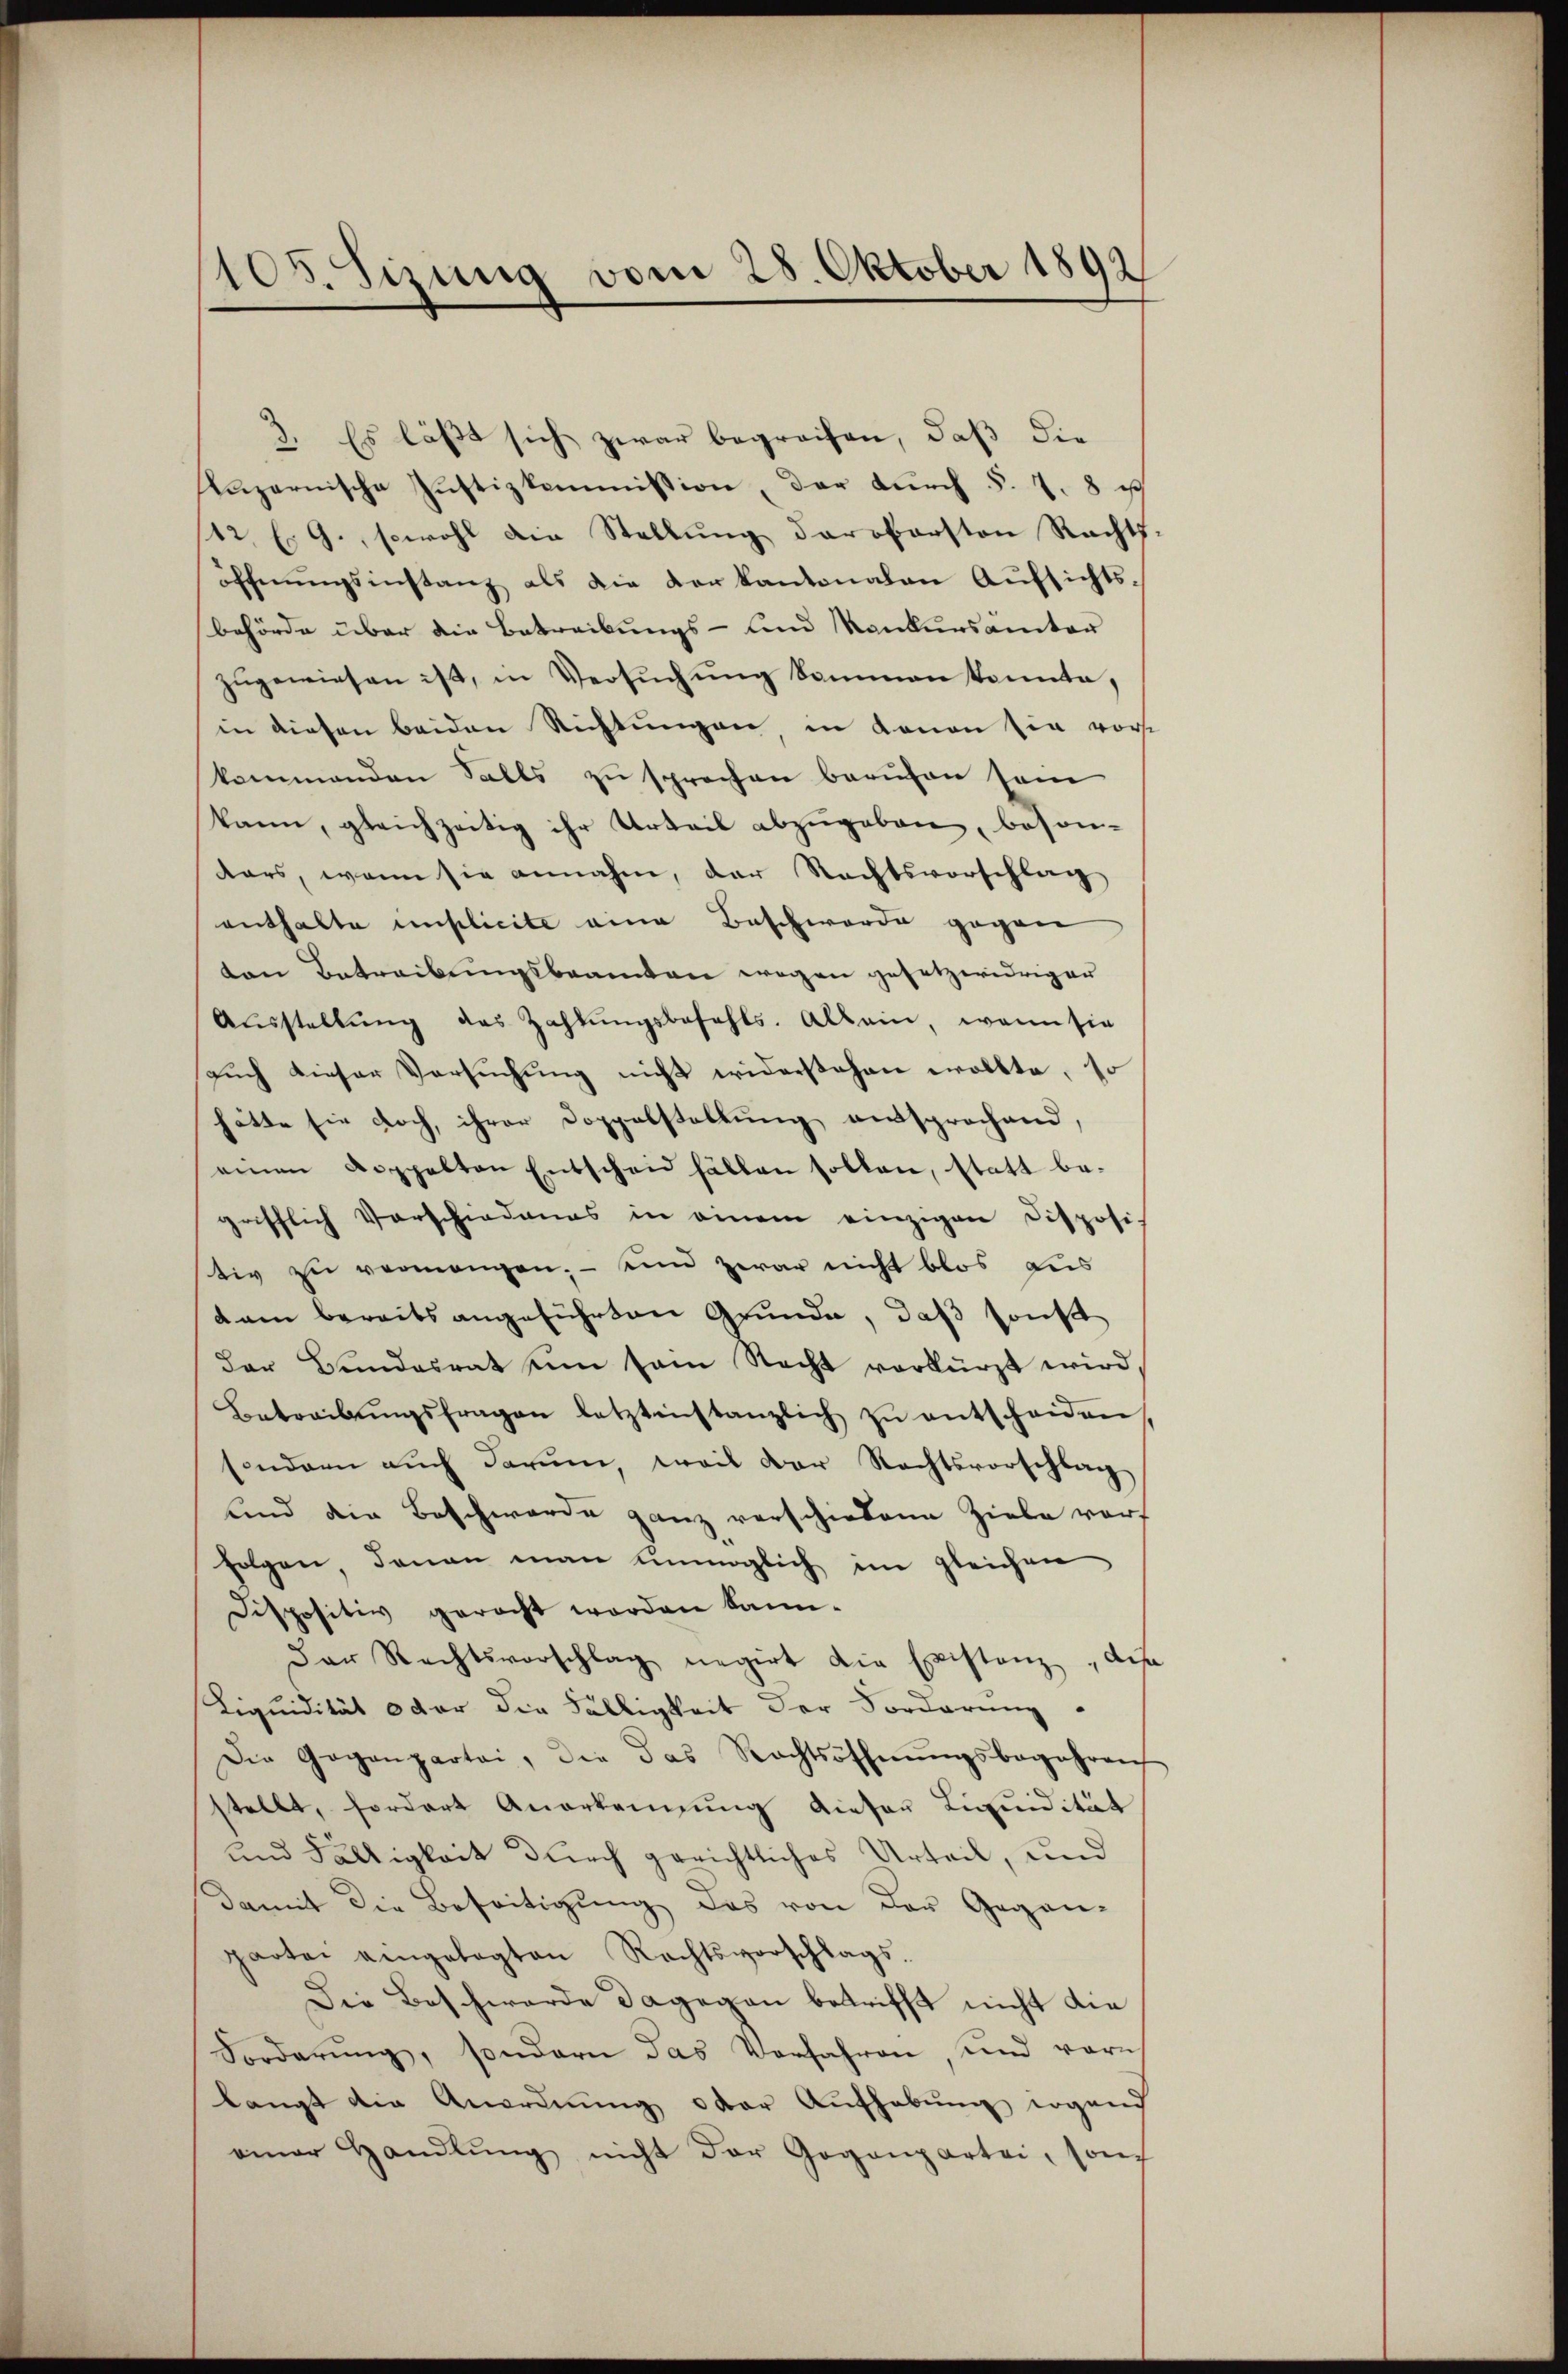
105. Sizung vom 28. Oktober 1892

3. Es läßt sich zwar begreifen, daß die
Lazarnische Justizkommission, der durch §. 7. 8 i
142. E. G., sowohl die Stellung darobersten Rechts-
öffnŭngsinstanz als die der kantonalen Aufsichtsbehörde über die Betreibungs- und Konkursämter
zŭgewiesen ist, in Versŭchŭng kommen konnte,
in diesen beiden Richtungen, in Kanon sie vorkommenden Falls zu sprechen berufen sein
kann, gleichzeitig ihr Urteil abzugeben, beson-
kars, wenn sie annahm, der Rechtsvorschlag
enthalte implicite eine Beschwerde gegen
ten Betreibŭngsbeamten wegen gesetzwidriger
Aŭsstellŭng des Zahlŭngsbefehls. Allein, wenn sie
aŭch dieser Versŭchŭng nicht widerstehen wollte, so
hätte sie doch, ihrer Doppelstellung entsprochend,
einen Koppelten Entscheid fällen sollen, statt be-
grifflich Vorschiedungs in einem einzigen Disposi-
tiv zu vermangen; — und zwar nicht blos aus
dam bereits angeführten Grunde, daβ sonst
der Bundesrat ein sei Nacht verkürzt wird,
Betreibŭngsfragen letztinstanzlich zŭ entscheiden,
sondern auch darum, weil der Rechtsvorschlag
und die Beschwerde ganz verschiedene Ziele vorf
folgen daran man unmöglich im gleichen
Dispositiv geracht worden kann.
Der Rechtsvorschlag negirt die Existanz dis
Liquidität oder die Fälligkeit der Forderung
Die Gegenpartei, die das Rechtsoffnŭngsbegehren
stellt, fordert Anerkennung dieser Liquidität
und Fälligkeit durch gerichtliches Urteil, und
damit die Beseitigung das von der Gegen-
partei eingelegten Rechtsvorschlags-
Die Beschwerde dagegen betrifft nicht die
Forderŭng, sondern das Verfahren, und vorn
langt die Anordnung oder Aufhebung ergang
einer Handlŭng nicht der Gegenpartei, son